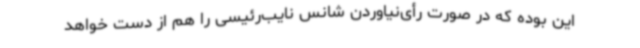
این بوده که در صورت رأی‌نیاوردن شانس نایب‌رئیسی را هم از دست خواهد